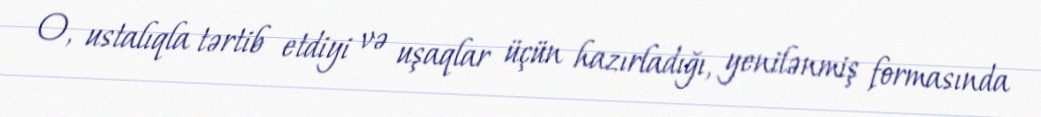
O, ustalıqla tərtib etdiyi və uşaqlar üçün hazırladığı, yenilənmiş formasında